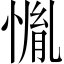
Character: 𱞳